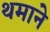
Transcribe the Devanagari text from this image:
थमाने